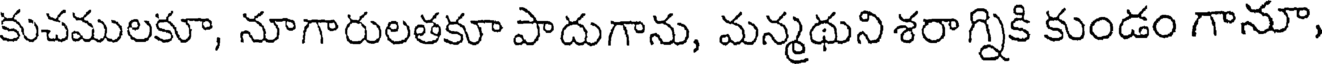
కుచములకూ, నూగారులతకూ పాదుగాను, మన్మథుని శరా గ్నికి కుండం గానూ,